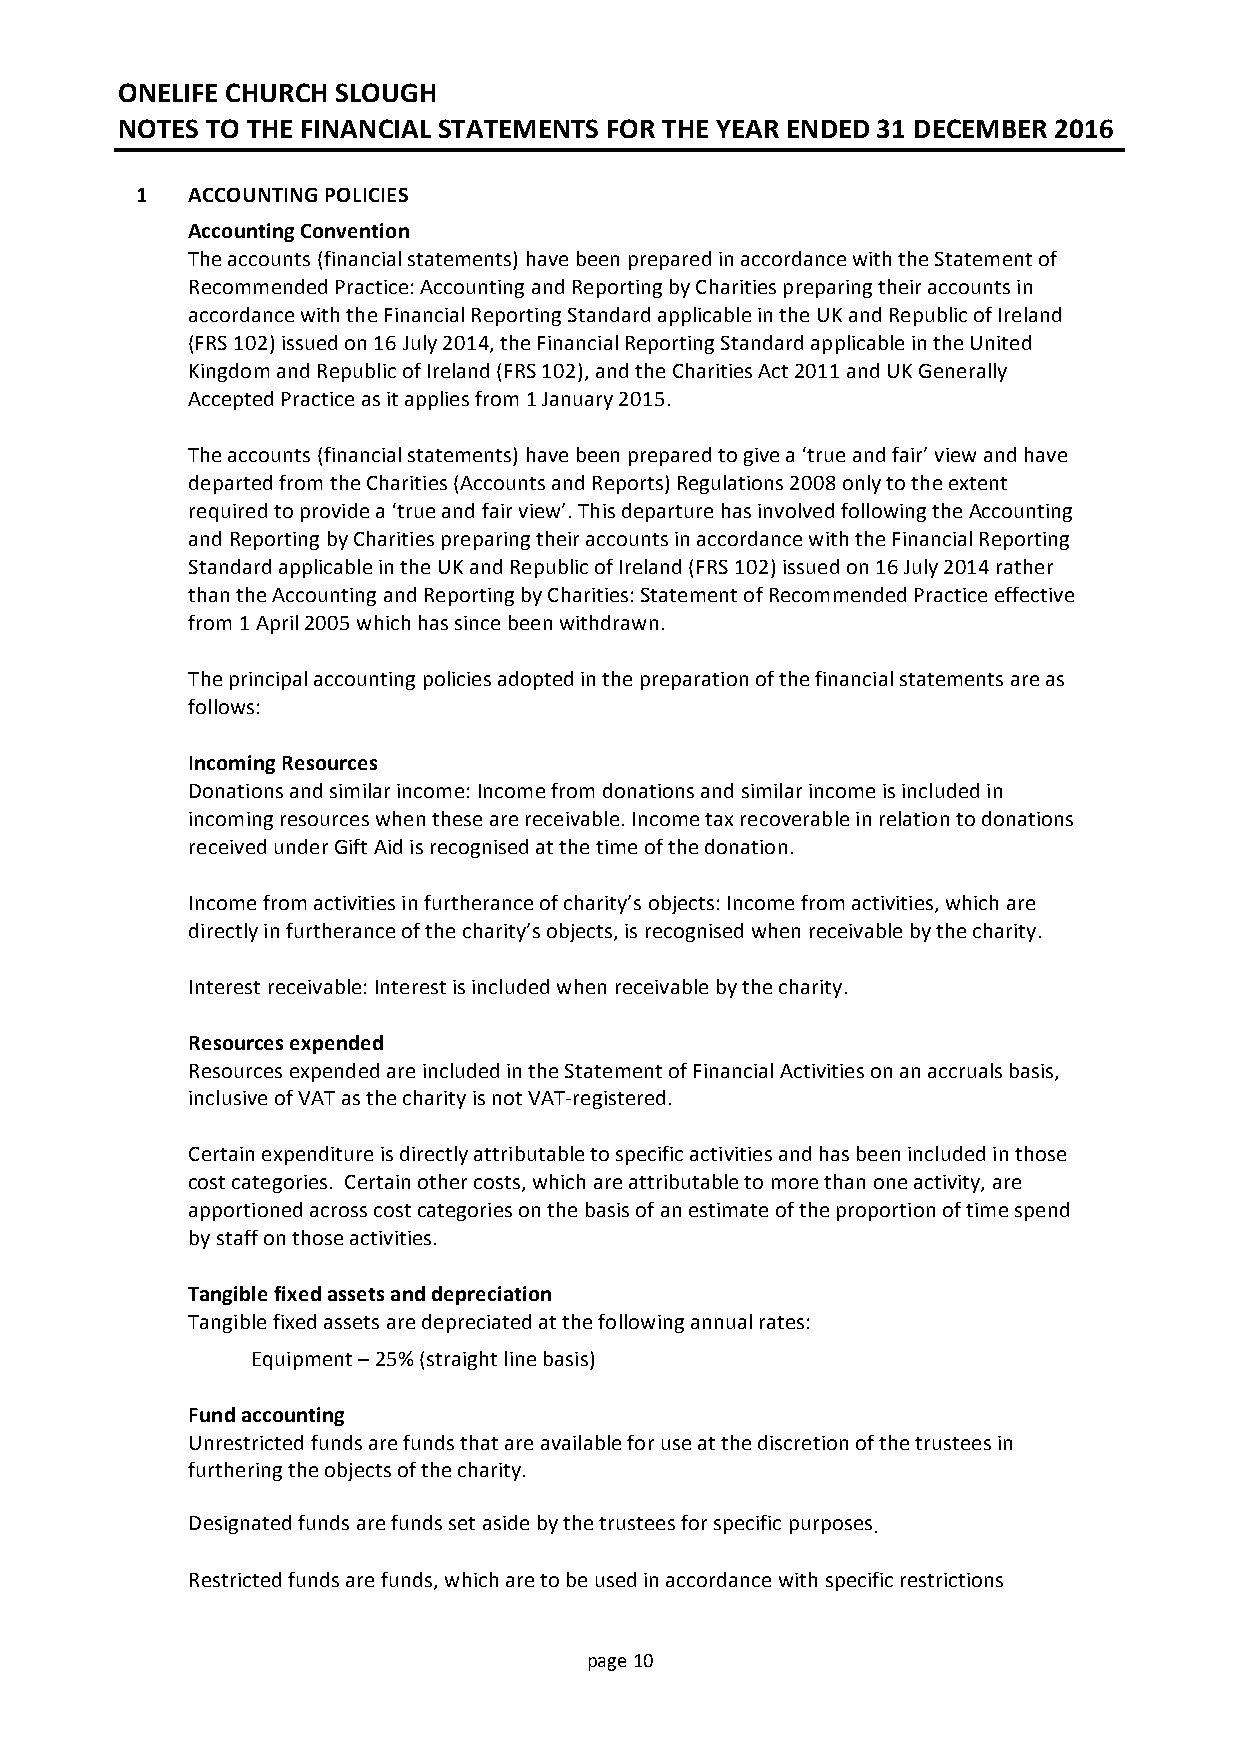
ONELIFE CHURCH SLOUGH
 NOTES TO THE FINANCIAL STATEMENTS FOR THE YEAR ENDED 31 DECEMBER 2016
 1  ACCOUNTING POLICIES
 Accounting Convention
 The accounts (financial statements) have been prepared in accordance with the Statement of
 Recommended Practice: Accounting and Reporting by Charities preparing their accounts in
 accordance with the Financial Reporting Standard applicable in the UK and Republic of Ireland
 (FRS 102) issued on 16 July 2014, the Financial Reporting Standard applicable in the United
 Kingdom and Republic of Ireland (FRS 102), and the Charities Act 2011 and UK Generally
 Accepted Practice as it applies from 1 January 2015.
 The accounts (financial statements) have been prepared to give a ‘true and fair’ view and have
 departed from the Charities (Accounts and Reports) Regulations 2008 only to the extent
 required to provide a ‘true and fair view’. This departure has involved following the Accounting
 and Reporting by Charities preparing their accounts in accordance with the Financial Reporting
 Standard applicable in the UK and Republic of Ireland (FRS 102) issued on 16 July 2014 rather
 than the Accounting and Reporting by Charities: Statement of Recommended Practice effective
 from 1 April 2005 which has since been withdrawn.
 The principal accounting policies adopted in the preparation of the financial statements are as
 follows:
 Incoming Resources
 Donations and similar income: Income from donations and similar income is included in
 incoming resources when these are receivable. Income tax recoverable in relation to donations
 received under Gift Aid is recognised at the time of the donation.
 Income from activities in furtherance of charity’s objects: Income from activities, which are
 directly in furtherance of the charity’s objects, is recognised when receivable by the charity.
 Interest receivable: Interest is included when receivable by the charity.
 Resources expended
 Resources expended are included in the Statement of Financial Activities on an accruals basis,
 inclusive of VAT as the charity is not VAT-registered.
 Certain expenditure is directly attributable to specific activities and has been included in those
 cost categories. Certain other costs, which are attributable to more than one activity, are
 apportioned across cost categories on the basis of an estimate of the proportion of time spend
 by staff on those activities.
 Tangible fixed assets and depreciation
 Tangible fixed assets are depreciated at the following annual rates:
 Equipment – 25% (straight line basis)
 Fund accounting
 Unrestricted funds are funds that are available for use at the discretion of the trustees in
 furthering the objects of the charity.
 Designated funds are funds set aside by the trustees for specific purposes.
 Restricted funds are funds, which are to be used in accordance with specific restrictions
 page 10